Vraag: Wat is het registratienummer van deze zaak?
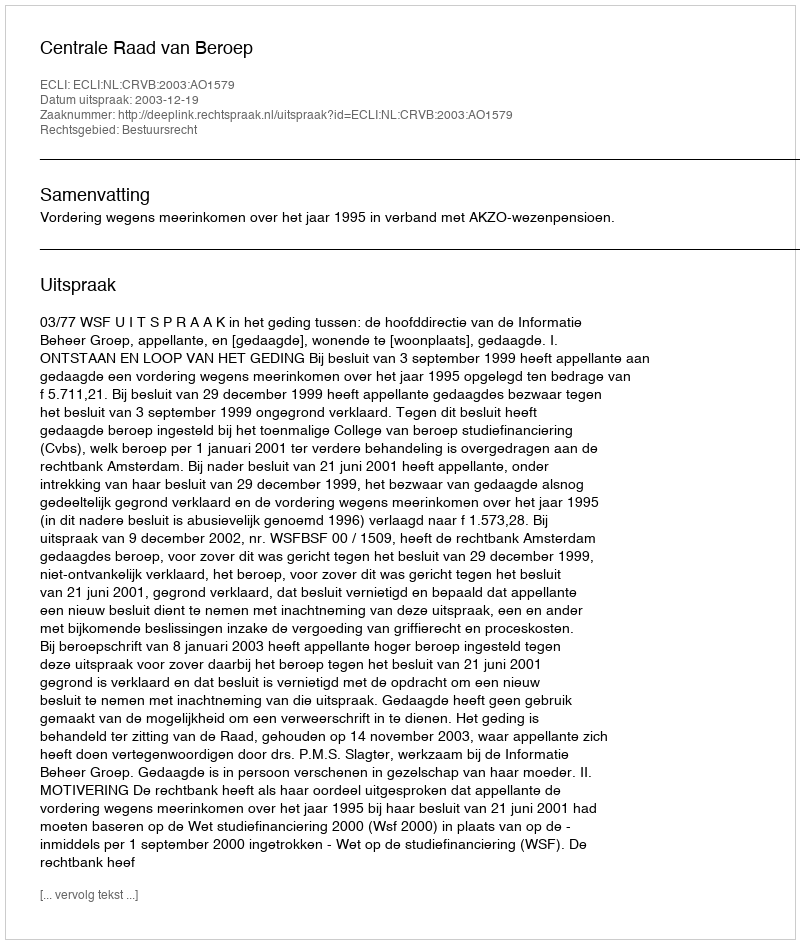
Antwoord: http://deeplink.rechtspraak.nl/uitspraak?id=ECLI:NL:CRVB:2003:AO1579